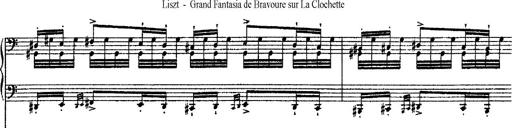
Title: Grande fantasie di bravura sur La clochette
Composer: Franz Liszt
Key: A minor